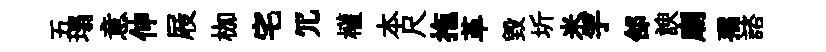
五塌意伸屐枷宅冗權本尺拖革毀圻米竽郃諛廟孺諮